Vaccination report Assam 1896-1927 - 1896-1927
Year: 1896
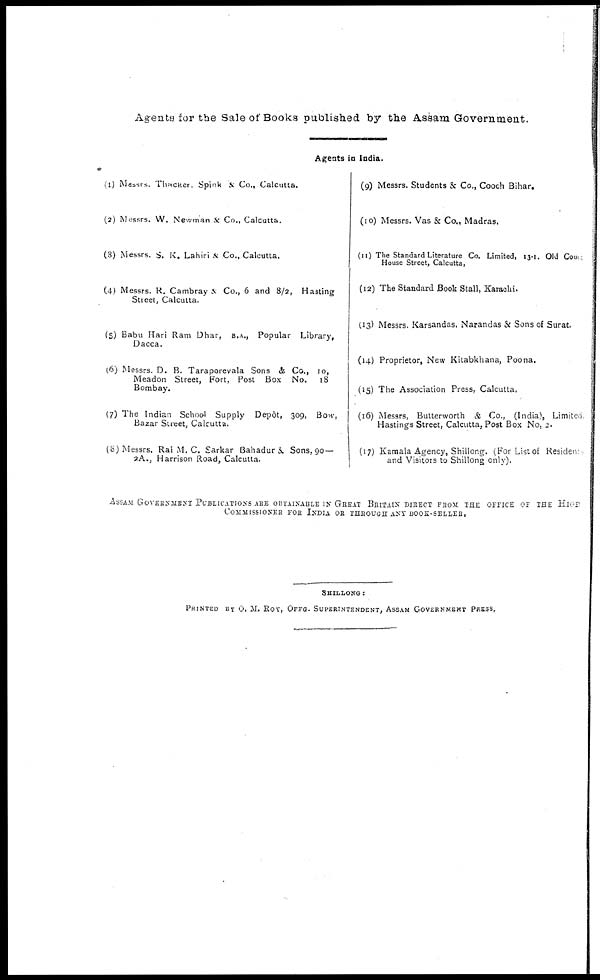
Agents for the Sale of Books published by the Assam Government.
Agents in India.
(1) Messrs. Thacker, Spink &. Co., Calcutta.
(2) Messrs. W. Newman & Co., Calcutta.
(3) Messrs. S. K. Lahiri & Co., Calcutta.
(4) Messrs. R. Cambray & Co., 6 and 8/2, Hasting
Street, Calcutta.
(5) Babu Hari Ram Dhar, B.A., Popular Library,
Dacca.
(6) Messrs D. B. Taraporevala Sons & Co., 10,
Meadon Street, Fort, Post Box No. 18
Bombay.
(7) The Indian School Supply Depôt, 309, Bow,
Bazar Street, Calcutta.
(8) Messrs, Rai M. C. Sarkar Bahadur & Sons, 90—
2A., Harrison Road, Calcutta.
(9) Messrs. Students & Co., Cooch Bihar.
(10) Messrs. Vas & Co., Madras.
(11) The Standard Literature Co. Limited, 13-1. Old Court
House Street, Calcutta,
(12) The Standard Book Stall, Karachi.
(13) Messrs. Karsandas. Narandas & Sons of Surat.
(14) Proprietor, New Kitabkhana, Poona.
(15) The Association Press, Calcutta.
(16) Messrs, Butterworth & Co., (India), Limited
Hastings Street, Calcutta, Post Box No, 2.
(17) Kamala Agency, Shillong. (For List of Residen
and Visitors to Shillong only).
ASSAM GOVERNMENT PUBLICATIONS ARE OBTAINABLE IN GREAT BRITAIN DIRECT FROM THE OFFICE OF THE HIGH
COMMISSIONER FOR INDIA OR THROUGH ANY BOOK-SELLER.
SHILLONG :
PRINTED BY O, M. ROY, OFFG. SUPERINTENDENT, ASSAM GOVERNMENT PRESS.